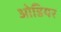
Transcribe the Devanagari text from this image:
ओडियर